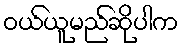
ဝယ်ယူမည်ဆိုပါက